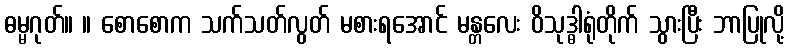
ဓမ္မဂုတ်။ ။ စောစောက သက်သတ်လွတ် မစားရအောင် မန္တလေး ဝိသုဒ္ဓါရုံတိုက် သွားပြီး ဘာပြုလို့